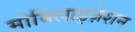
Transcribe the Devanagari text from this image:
मोबिलाइज़ेशन